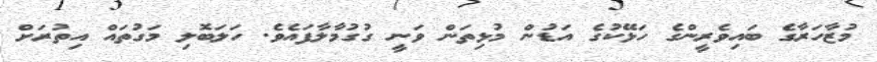
މުޒާހަރާގެ ބައިވެރީންގެ ހަޅޭކުގެ އަޑުން މުޅިތަން ވަނީ ގުގުމާލާފައެވެ. ހަލަބޮލި މަގުތައް އިތުރަށް